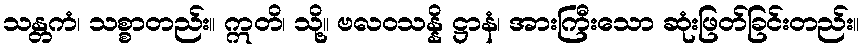
သန္တကံ၊ သစ္စာတည်း။ ဣတိ၊ သို့။ ဗလဝသန္နိ ဋ္ဌာနံ၊ အားကြီးသော ဆုံးဖြတ်ခြင်းတည်း။